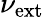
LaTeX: \nu_{\mathrm{ext}}